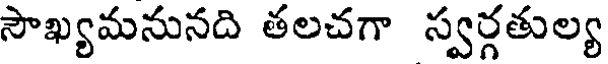
సౌఖ్యమనునది తలచగా స్వర్గతుల్య